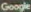
Google